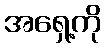
အရှေ့ကို